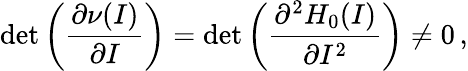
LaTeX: \operatorname*{det}\left(\frac{\partial\nu(I)}{\partial I}\right)=\operatorname*{det}\left(\frac{\partial^{2}H_{0}(I)}{\partial I^{2}}\right)\neq 0\, ,